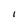
Character: l